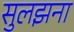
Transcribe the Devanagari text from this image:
सुलझना